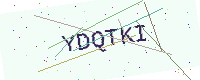
Text: YDQTKI